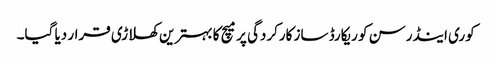
کوری اینڈرسن کو ریکارڈ ساز کارکردگی پر میچ کا بہترین کھلاڑی قرار دیا گیا۔